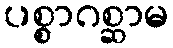
ပစ္စာဂစ္ဆာမ